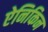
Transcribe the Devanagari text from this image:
ऐनिकिन